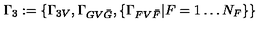
\Gamma _ { 3 } : = \left\{ \Gamma _ { 3 V } , \Gamma _ { G V { \bar { G } } } , \left\{ \Gamma _ { F V { \bar { F } } } | F = 1 \ldots N _ { F } \right\} \right\}